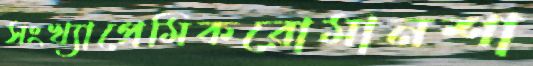
সংখ্যাপ্রেমিকরোমানশা